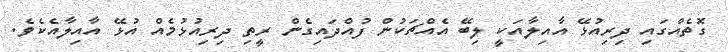
ގޮތެއްގައި ދިރިއުޅޭ އާއިލާއަކީ ލިބޭ އެއްޗަކުން ފުއްދައިގެން ރީތި ދިރިއުޅުމެއް އުޅޭ އާއިލާއެކެވެ.